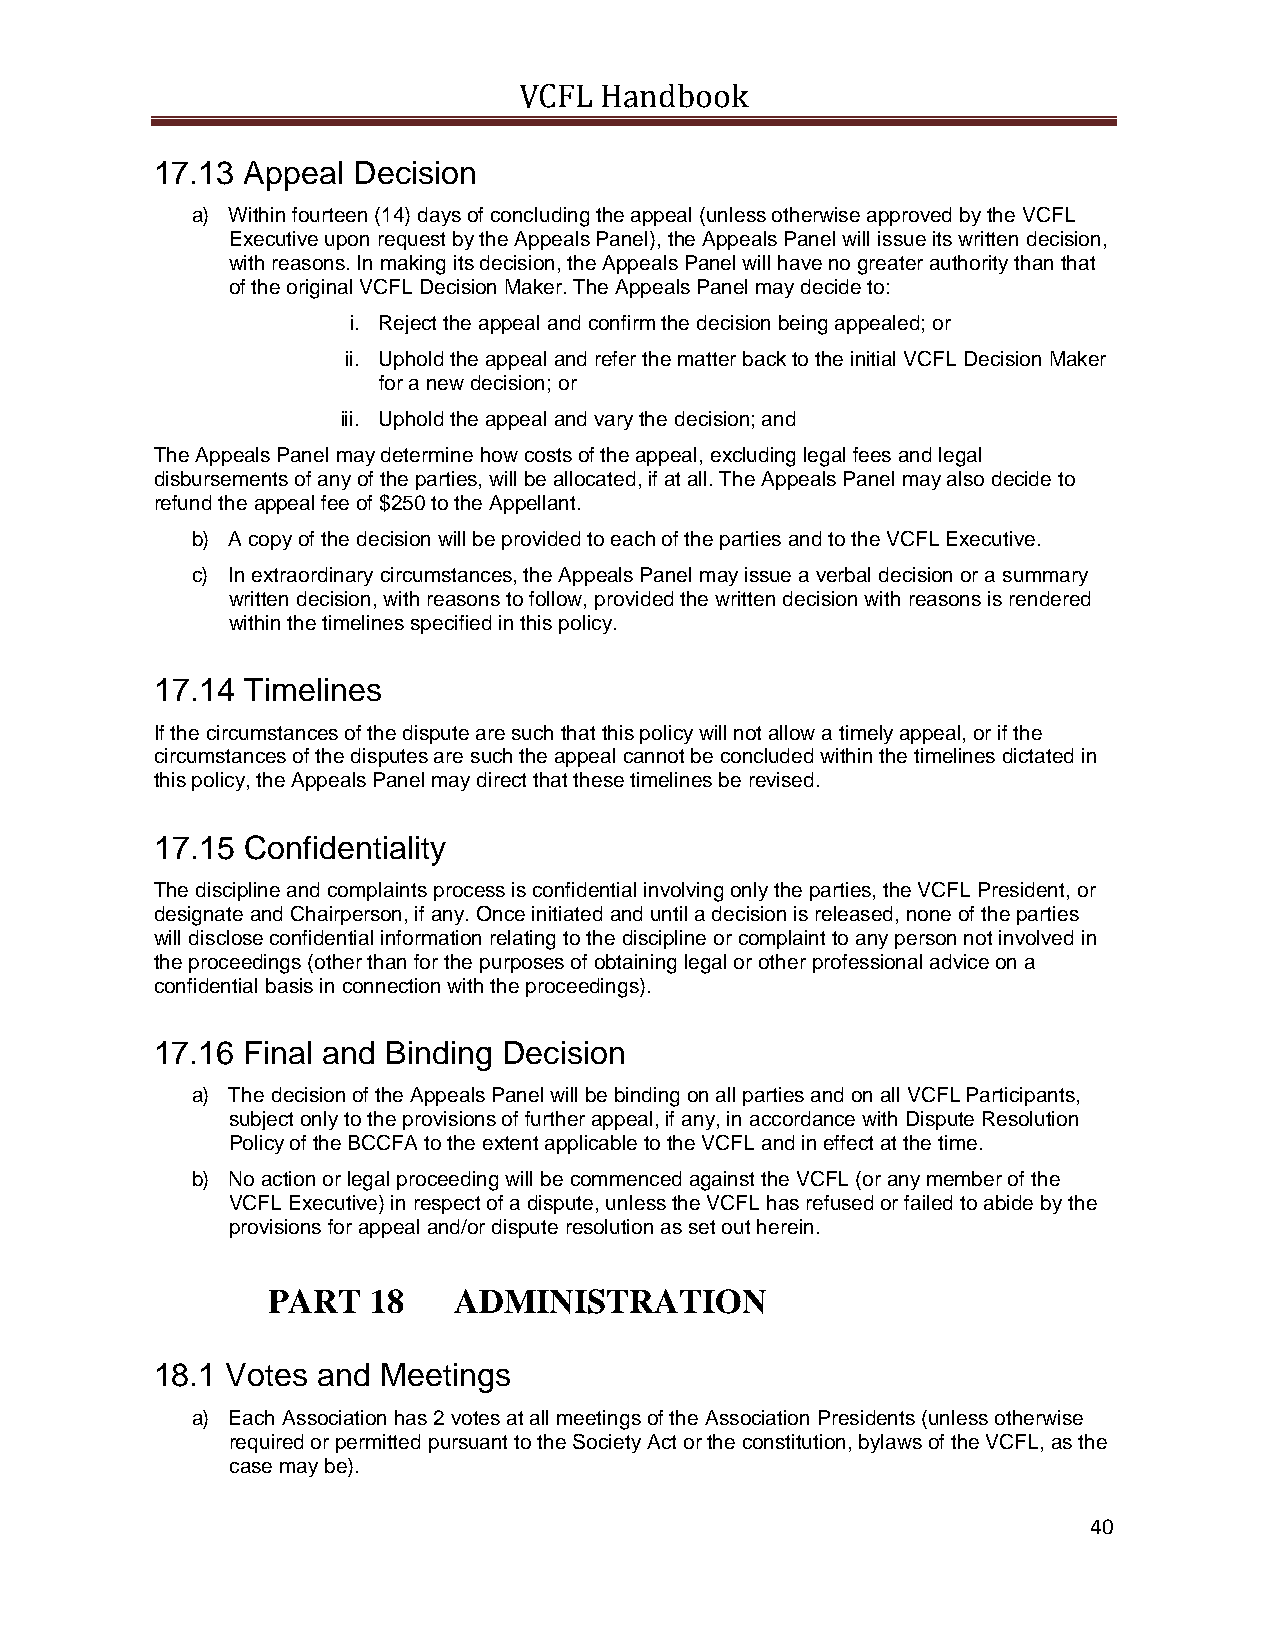
VCFL  Handbook
 17.13 Appeal Decision
 a) Within fourteen (14) days of concluding the appeal (unless otherwise approved by the VCFL
 Executive upon request by the Appeals Panel), the Appeals Panel will issue its written decision,
 with reasons. In making its decision, the Appeals Panel will have no greater authority than that
 of the original VCFL Decision Maker. The Appeals Panel may decide to:
 i. Reject the appeal and confirm the decision being appealed; or
 ii. Uphold the appeal and refer the matter back to the initial VCFL Decision Maker
 for a new decision; or
 iii. Uphold the appeal and vary the decision; and
 The Appeals Panel may determine how costs of the appeal, excluding legal fees and legal
 disbursements of any of the parties, will be allocated, if at all. The Appeals Panel may also decide to
 refund the appeal fee of $250 to the Appellant.
 b) A copy of the decision will be provided to each of the parties and to the VCFL Executive.
 c) In extraordinary circumstances, the Appeals Panel may issue a verbal decision or a summary
 written decision, with reasons to follow, provided the written decision with reasons is rendered
 within the timelines specified in this policy.
 17.14 Timelines
 If the circumstances of the dispute are such that this policy will not allow a timely appeal, or if the
 circumstances of the disputes are such the appeal cannot be concluded within the timelines dictated in
 this policy, the Appeals Panel may direct that these timelines be revised.
 17.15 Confidentiality
 The discipline and complaints process is confidential involving only the parties, the VCFL President, or
 designate and Chairperson, if any. Once initiated and until a decision is released, none of the parties
 will disclose confidential information relating to the discipline or complaint to any person not involved in
 the proceedings (other than for the purposes of obtaining legal or other professional advice on a
 confidential basis in connection with the proceedings).
 17.16 Final and Binding Decision
 a) The decision of the Appeals Panel will be binding on all parties and on all VCFL Participants,
 subject only to the provisions of further appeal, if any, in accordance with Dispute Resolution
 Policy of the BCCFA to the extent applicable to the VCFL and in effect at the time.
 b) No action or legal proceeding will be commenced against the VCFL (or any member of the
 VCFL Executive) in respect of a dispute, unless the VCFL has refused or failed to abide by the
 provisions for appeal and/or dispute resolution as set out herein.
 PART  18    ADMINISTRATION
 18.1 Votes and Meetings
 a) Each Association has 2 votes at all meetings of the Association Presidents (unless otherwise
 required or permitted pursuant to the Society Act or the constitution, bylaws of the VCFL, as the
 case may be).
 40